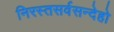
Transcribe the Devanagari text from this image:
निरस्तसर्वसन्देहो